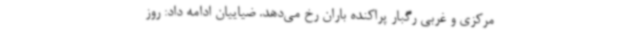
مرکزی و غربی رگبار پراکنده باران رخ می‌دهد. ضیاییان ادامه داد: روز